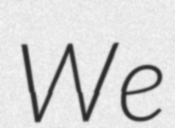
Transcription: We